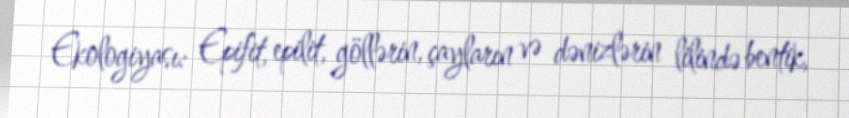
Ekologiyası: Epifit, epilit, göllərin, çayların və dənizlərin lilində bentik,